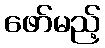
ဖော်မည့်